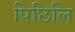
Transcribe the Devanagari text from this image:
पिछिलि